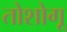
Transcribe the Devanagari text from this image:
तोशोगू